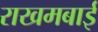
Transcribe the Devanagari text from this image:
राखमबाई